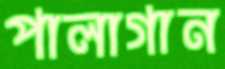
পালাগান